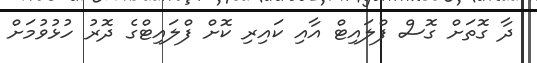
ދާ ގޮތަށް ގޮސް ފްލައިޓް އާއި ކައިރި ކޮށް ފްލައިޓްގެ ދޮރު ހުޅުވުމަށް